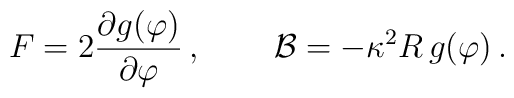
F=2 \frac{\partial g(\varphi)}{\partial\varphi } \, , \,\qquad {\cal B}= -\kappa^2 R\, g(\varphi) \, .